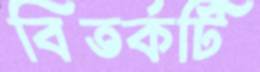
বিতর্কটি